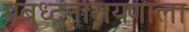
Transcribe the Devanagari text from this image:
प्रबुध्दनारायणाला